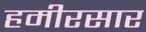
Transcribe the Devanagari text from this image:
हमीरसार